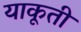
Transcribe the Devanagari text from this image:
याकूती